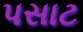
પસાટ